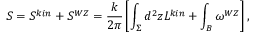
S = S ^ { k i n } + S ^ { W Z } = \frac { k } { 2 \pi } \left[ \int _ { \Sigma } d ^ { 2 } z { \cal L } ^ { k i n } + \int _ { \cal B } \omega ^ { W Z } \right] ,